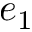
e _ { 1 }